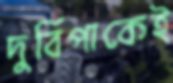
দুর্বিপাকেই